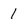
Character: 1